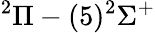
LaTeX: ^{2}\Pi-(5)^{2}\Sigma^{+}